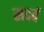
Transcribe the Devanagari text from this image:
संदर्व